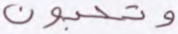
وتحبون